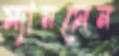
ম্যানসেন